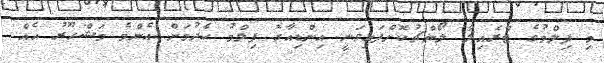
މި ފިލްމުގެ ޓްރެއިލާ ލޯންޗުކޮށްފައިވަނީ އިންޑިއާގެ ފިލްމު ހެދުމަށް އެންމެ މަޝްހޫރު އެއް